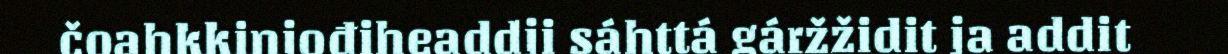
čoahkkinjođiheaddji sáhttá gáržžidit ja addit